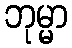
ဘုမ္မာ